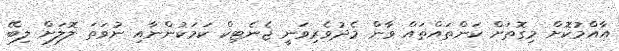
އާއްމުކޮށް މިގޮތަށް ކަންތައްތައް ވާން މެދުވެރިވަނީ ޖެނެޓިކް ކަމަކުންނާއި ނުވަތަ ލޮލަށް ލިބޭ